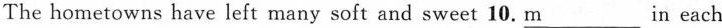
The hometowns have left many soft and sweet 10. \underline{m} in each